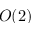
O ( 2 )